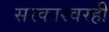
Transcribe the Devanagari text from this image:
सरकारवरही